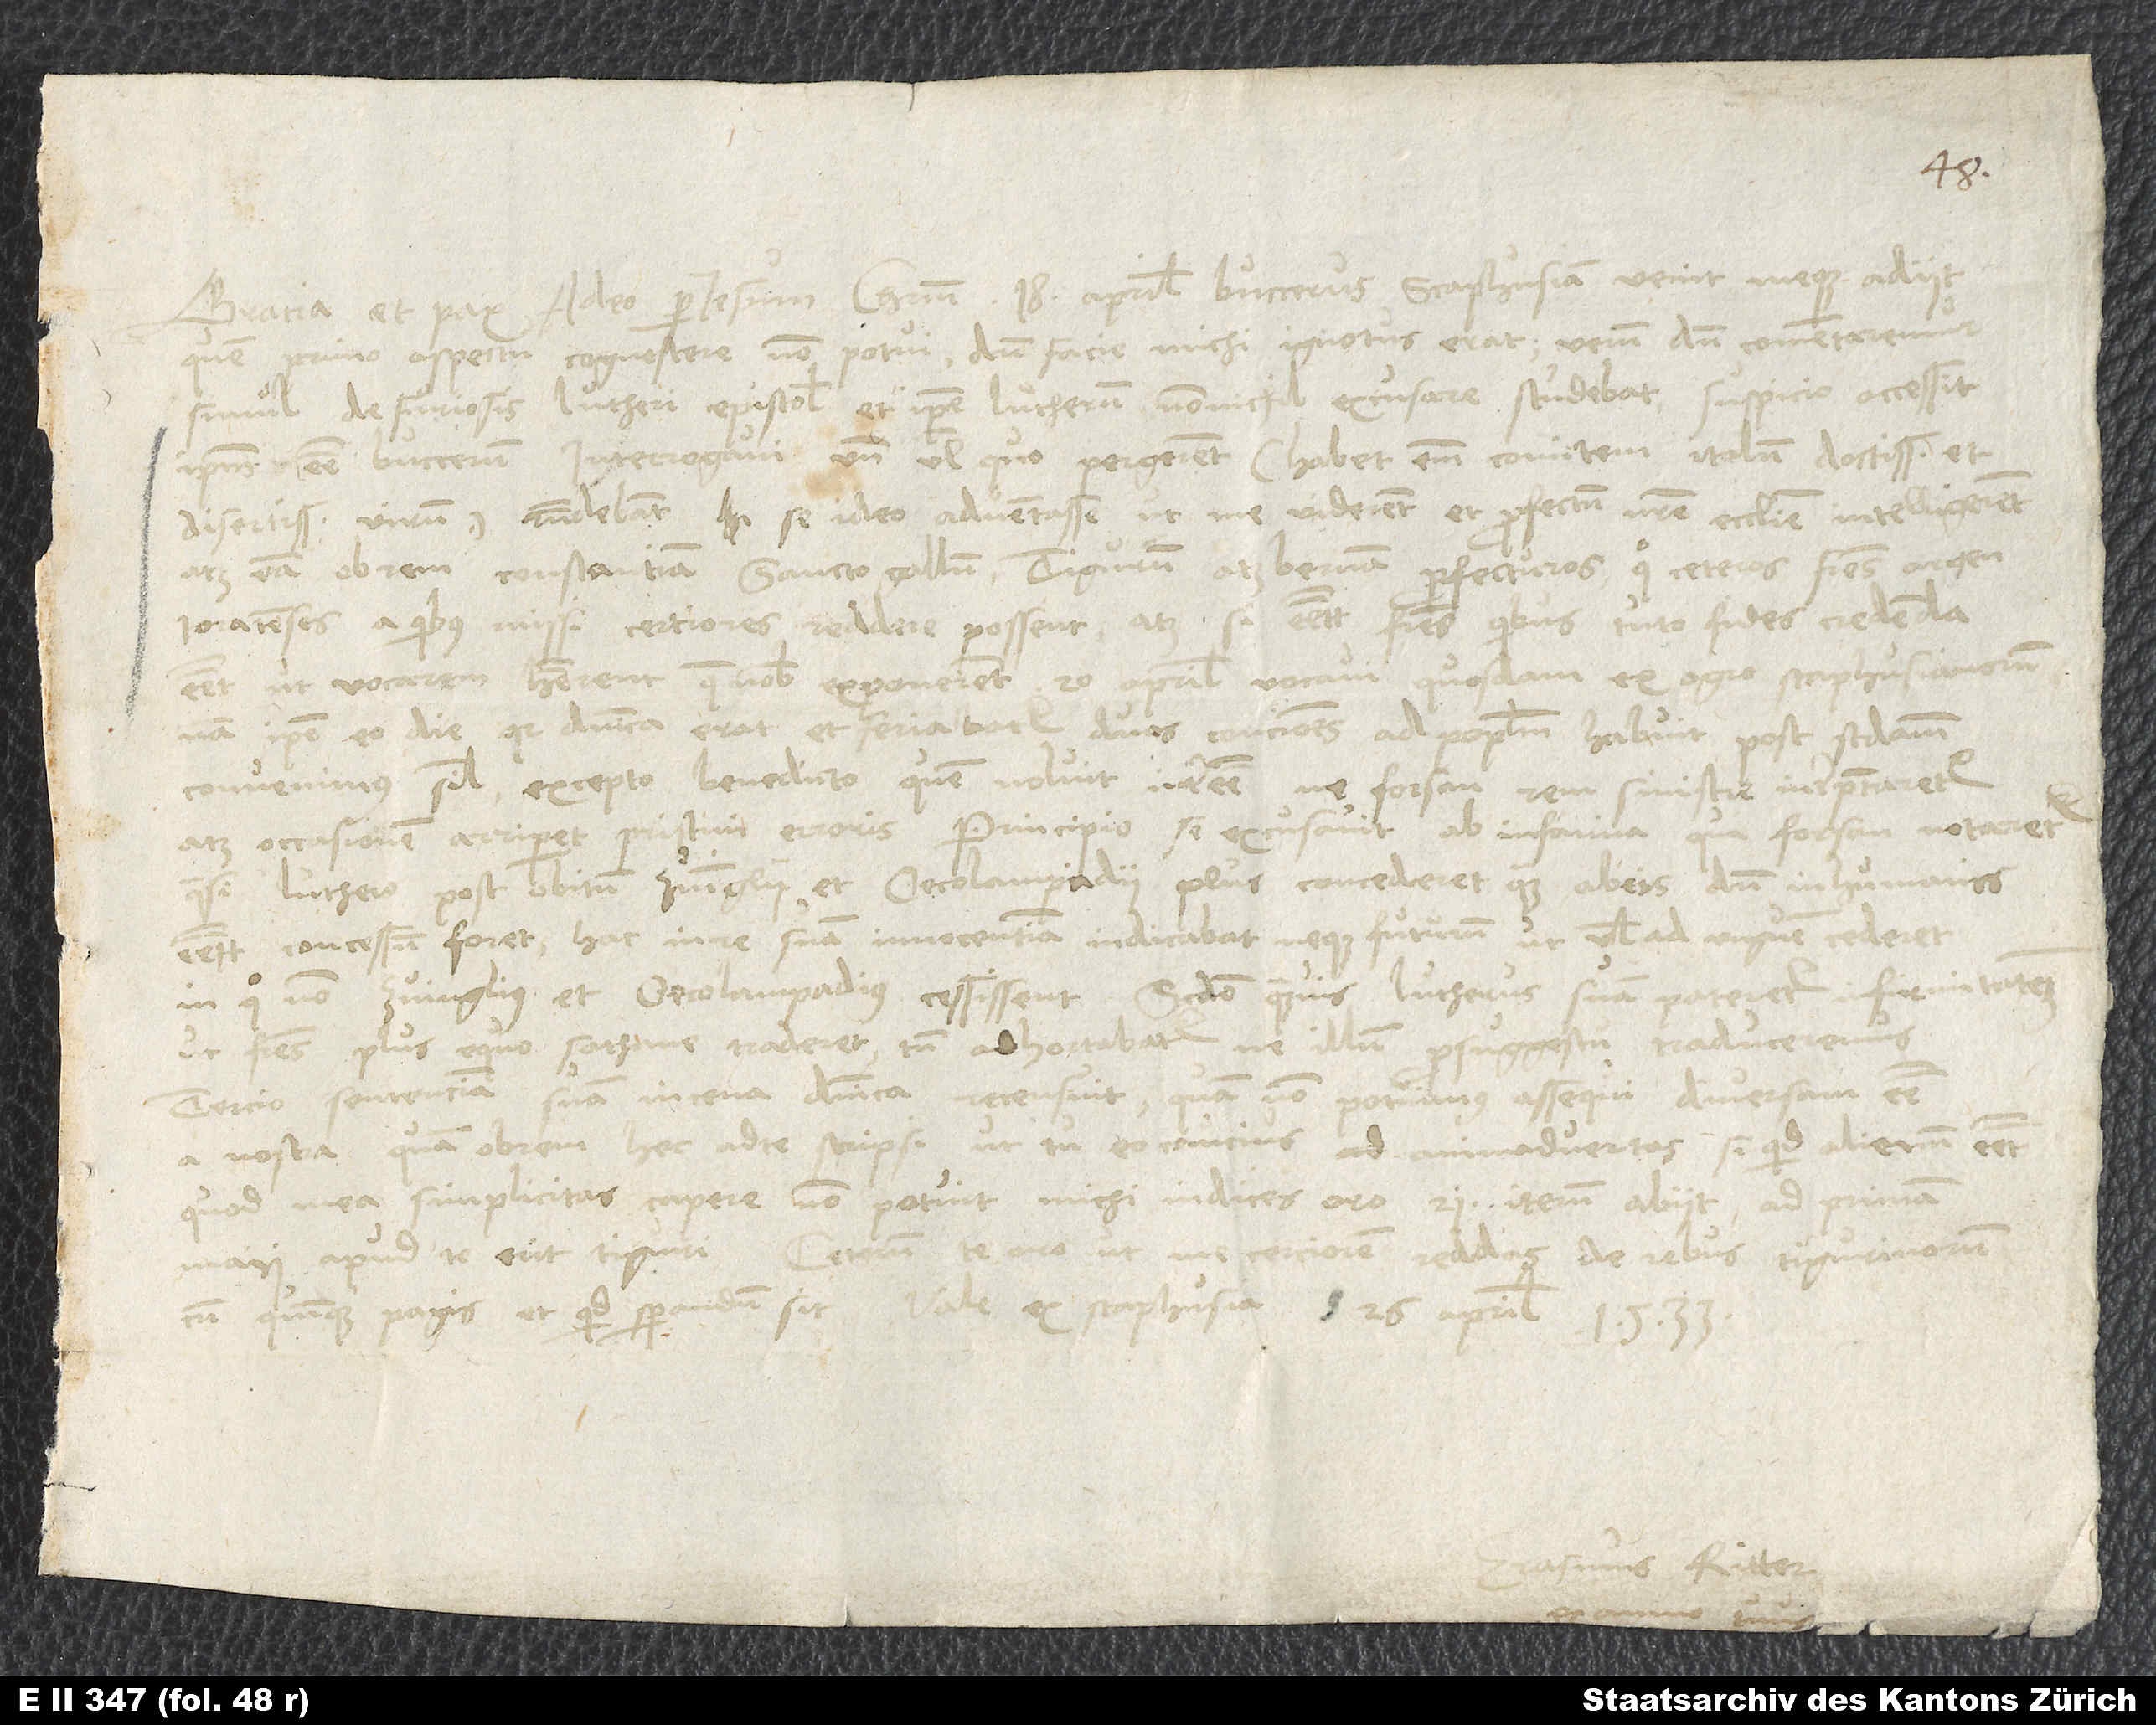
Gracia et pax a deo per Iesum Christum. 18. aprilis Buccerus Scaphusiam venit meque adiit.
Quem primo aspectu cognoscere non potui, dum facie michi ignotus erat. Verum dum commentaremur
simul de furiosis Lutheri epistolis et ipse Lutherum nonnichil excusare studebat, suspicio accessit
ipsum esse Bucerum. Interrogavi, unde vel quo pergerent, habet enim comitem italum, doctissimum et
disertissimum virum. Respondebant se ideo adventasse, ut me viderent et profectum nostre ecclesie intelligerent,
atque eam ob rem Constantiam, Sanctogallum, Tigurum et Bernam profecturos, quo ceteros fratres Argentoratenses,
a quibus missi, certiores reddere possent, atque si essent fratres, quibus tuto fides credenda
esset, ut vocarem. Haberent, quae nobis exponerent. 20. aprilis vocavi quosdam ex agro Scaphusianorum.
Nam ipse eo die, quia dominica erat et feriabatur, duas conciones ad populum habuit. Post secundam
convenimus simul excepto Benedicto, quem noluit interesse, ne forsan rem sinistre interpretaretur
atque occasionem arriperet pristini erroris. Principio se excusavit ab infamia, qua forsan notaretur,
quasi Luthero post obitum Zuinglii et Oecolampadii plus concederet, quam ab eis, dum in humanis
essent, concessum foret. Hac in re suam innocentiam indicabat, neque futurum, ut vel ad unguem cederet,
in quo non Zuinglius et Oecolampadius cessissent. Secundo, quamvis Lutherus suam pateretur firmitatem,
ut fratres plus equo sathane traderet, tamen adhortabatur, ne illum pro suggestu traduceremus.
Tercio sentenciam suam in cena dominica recensuit, quam non potuimus assequi diversam esse
a nostra. Quamobrem hoc ad te scripsi, ut tu eo cautius id animadvertas. Si quid alienum esset,
quod mea simplicitas capere non potuit, michi indices oro. 21. iterum abiit, ad primam
maii apud te erit Tiguri. Ceterum te oro, ut me cerciorem reddas de rebus Tigurinorum
cum Quinque Pagis et quid sperandum sit. Vale. Ex Scaphusia, 26. aprilis 1533.